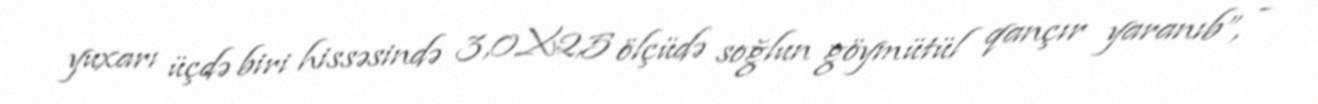
yuxarı üçdə biri hissəsində 3,0X2,5 ölçüdə soğlun göymütül qançır yaranıb”, -